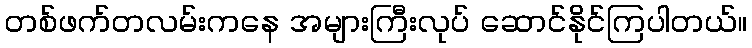
တစ်ဖက်တလမ်းကနေ အများကြီးလုပ် ဆောင်နိုင်ကြပါတယ်။